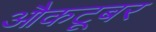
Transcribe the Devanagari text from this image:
औकटूबर